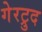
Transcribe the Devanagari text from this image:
गेरट्रुद